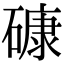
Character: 𥕎